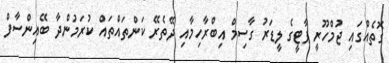
ގޮތެއްގައި ޖުމްހޫރީ ޕާޓީގެ ލީޑަރު ގާސިމް އިބްރާހިމާއި ދޭތެރޭ ކަންތައްތައް ކުރަމުންދާ ބޭއިންސާފް